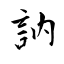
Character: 訥